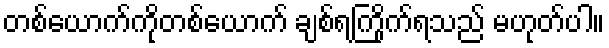
တစ်ယောက်ကိုတစ်ယောက် ချစ်ရကြိုက်ရသည် မဟုတ်ပါ။